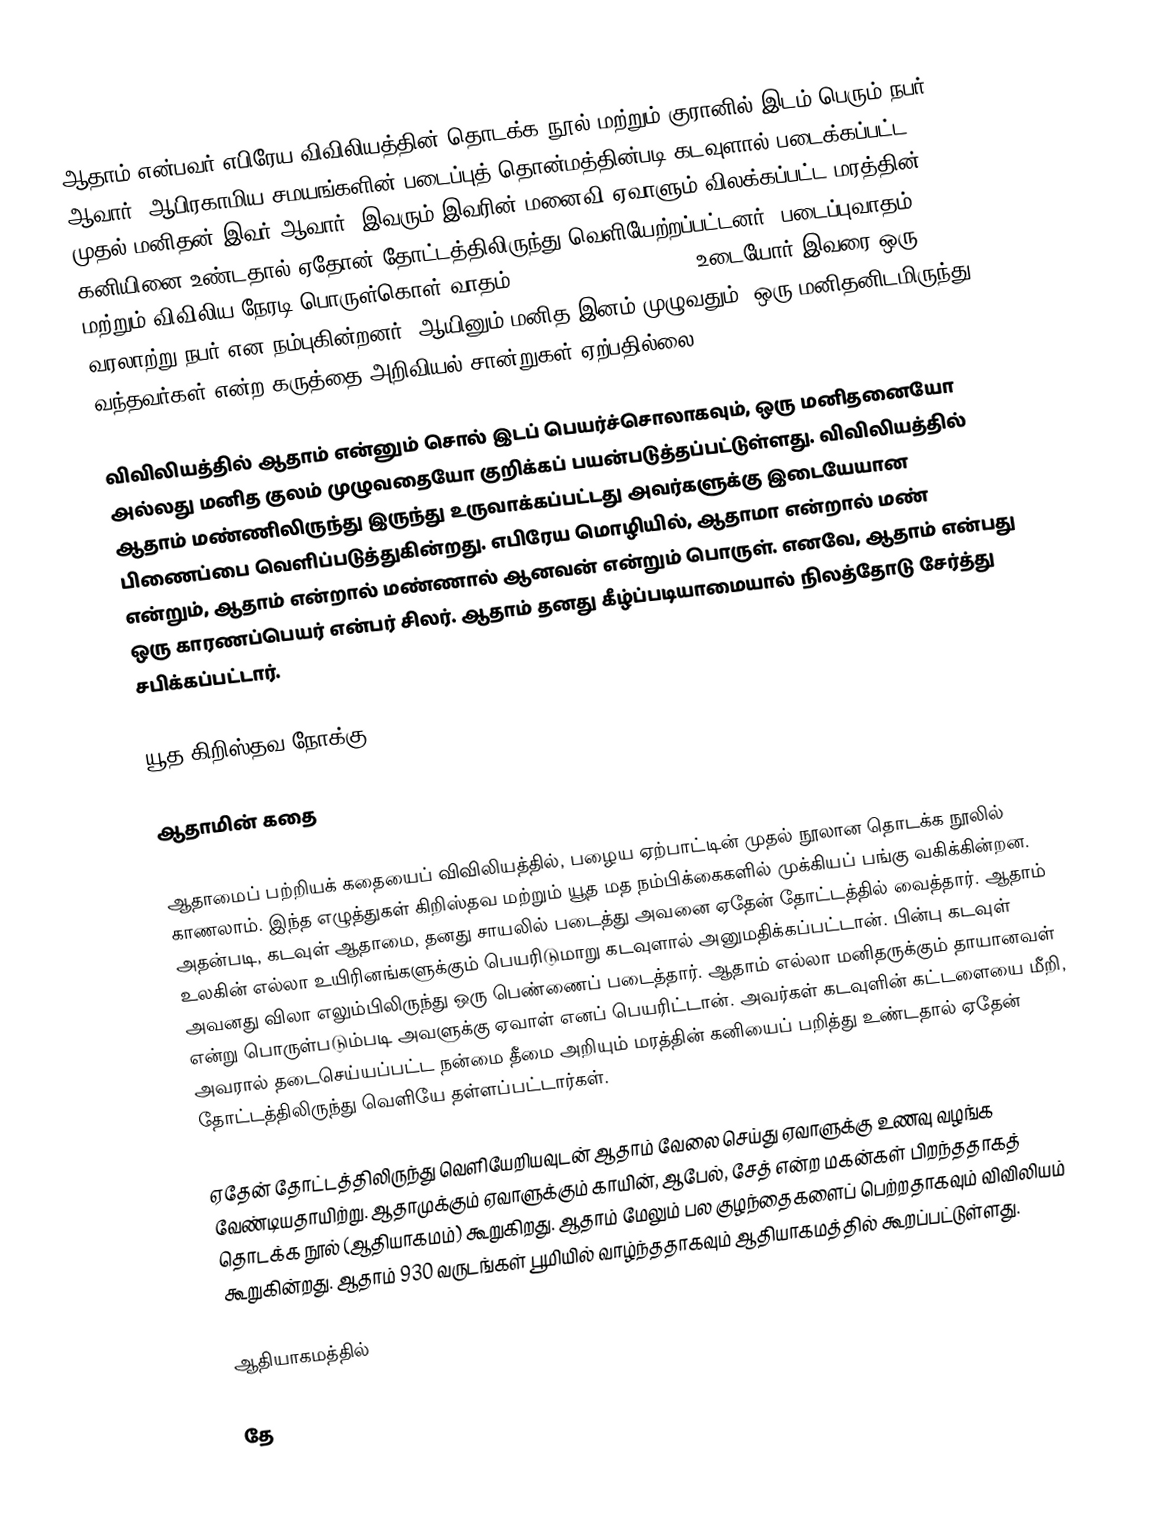
ஆதாம் என்பவர் எபிரேய விவிலியத்தின் தொடக்க நூல் மற்றும் குரானில் இடம் பெரும் நபர் ஆவார். ஆபிரகாமிய சமயங்களின் படைப்புத் தொன்மத்தின்படி கடவுளால் படைக்கப்பட்ட முதல் மனிதன் இவர் ஆவார். இவரும் இவரின் மனைவி ஏவாளும் விலக்கப்பட்ட மரத்தின் கனியினை உண்டதால் ஏதோன் தோட்டத்திலிருந்து  வெளியேற்றப்பட்டனர். படைப்புவாதம் மற்றும் விவிலிய நேரடி பொருள்கொள் வாதம் (biblical literalism) உடையோர் இவரை ஒரு வரலாற்று நபர் என நம்புகின்றனர். ஆயினும் மனித இனம் முழுவதும், ஒரு மனிதனிடமிருந்து வந்தவர்கள் என்ற கருத்தை அறிவியல் சான்றுகள் ஏற்பதில்லை.

விவிலியத்தில் ஆதாம் என்னும் சொல் இடப் பெயர்ச்சொலாகவும், ஒரு மனிதனையோ அல்லது மனித குலம் முழுவதையோ குறிக்கப் பயன்படுத்தப்பட்டுள்ளது. விவிலியத்தில் ஆதாம் மண்ணிலிருந்து இருந்து உருவாக்கப்பட்டது அவர்களுக்கு இடையேயான பிணைப்பை வெளிப்படுத்துகின்றது. எபிரேய மொழியில், ஆதாமா என்றால் மண் என்றும், ஆதாம் என்றால் மண்ணால் ஆனவன் என்றும் பொருள். எனவே, ஆதாம் என்பது ஒரு காரணப்பெயர் என்பர் சிலர். ஆதாம் தனது கீழ்ப்படியாமையால் நிலத்தோடு சேர்த்து சபிக்கப்பட்டார்.

யூத கிறிஸ்தவ நோக்கு

ஆதாமின் கதை

ஆதாமைப் பற்றியக் கதையைப் விவிலியத்தில், பழைய ஏற்பாட்டின் முதல் நூலான தொடக்க நூலில் காணலாம். இந்த எழுத்துகள் கிறிஸ்தவ மற்றும் யூத மத நம்பிக்கைகளில் முக்கியப் பங்கு வகிக்கின்றன. அதன்படி, கடவுள் ஆதாமை, தனது சாயலில் படைத்து அவனை ஏதேன் தோட்டத்தில் வைத்தார். ஆதாம் உலகின் எல்லா உயிரினங்களுக்கும் பெயரிடுமாறு கடவுளால் அனுமதிக்கப்பட்டான். பின்பு கடவுள் அவனது விலா எலும்பிலிருந்து ஒரு பெண்ணைப் படைத்தார். ஆதாம் எல்லா மனிதருக்கும் தாயானவள் என்று பொருள்படும்படி அவளுக்கு ஏவாள் எனப் பெயரிட்டான். அவர்கள் கடவுளின் கட்டளையை மீறி, அவரால் தடைசெய்யப்பட்ட நன்மை தீமை அறியும் மரத்தின் கனியைப் பறித்து உண்டதால் ஏதேன் தோட்டத்திலிருந்து வெளியே தள்ளப்பட்டார்கள்.

ஏதேன் தோட்டத்திலிருந்து வெளியேறியவுடன் ஆதாம் வேலை செய்து ஏவாளுக்கு உணவு வழங்க வேண்டியதாயிற்று. ஆதாமுக்கும் ஏவாளுக்கும் காயின், ஆபேல், சேத் என்ற மகன்கள் பிறந்ததாகத் தொடக்க நூல் (ஆதியாகமம்) கூறுகிறது. ஆதாம் மேலும் பல குழந்தைகளைப் பெற்றதாகவும் விவிலியம் கூறுகின்றது. ஆதாம் 930 வருடங்கள் பூமியில் வாழ்ந்ததாகவும் ஆதியாகமத்தில் கூறப்பட்டுள்ளது.

ஆதியாகமத்தில்

தே